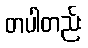
တပါတည်း